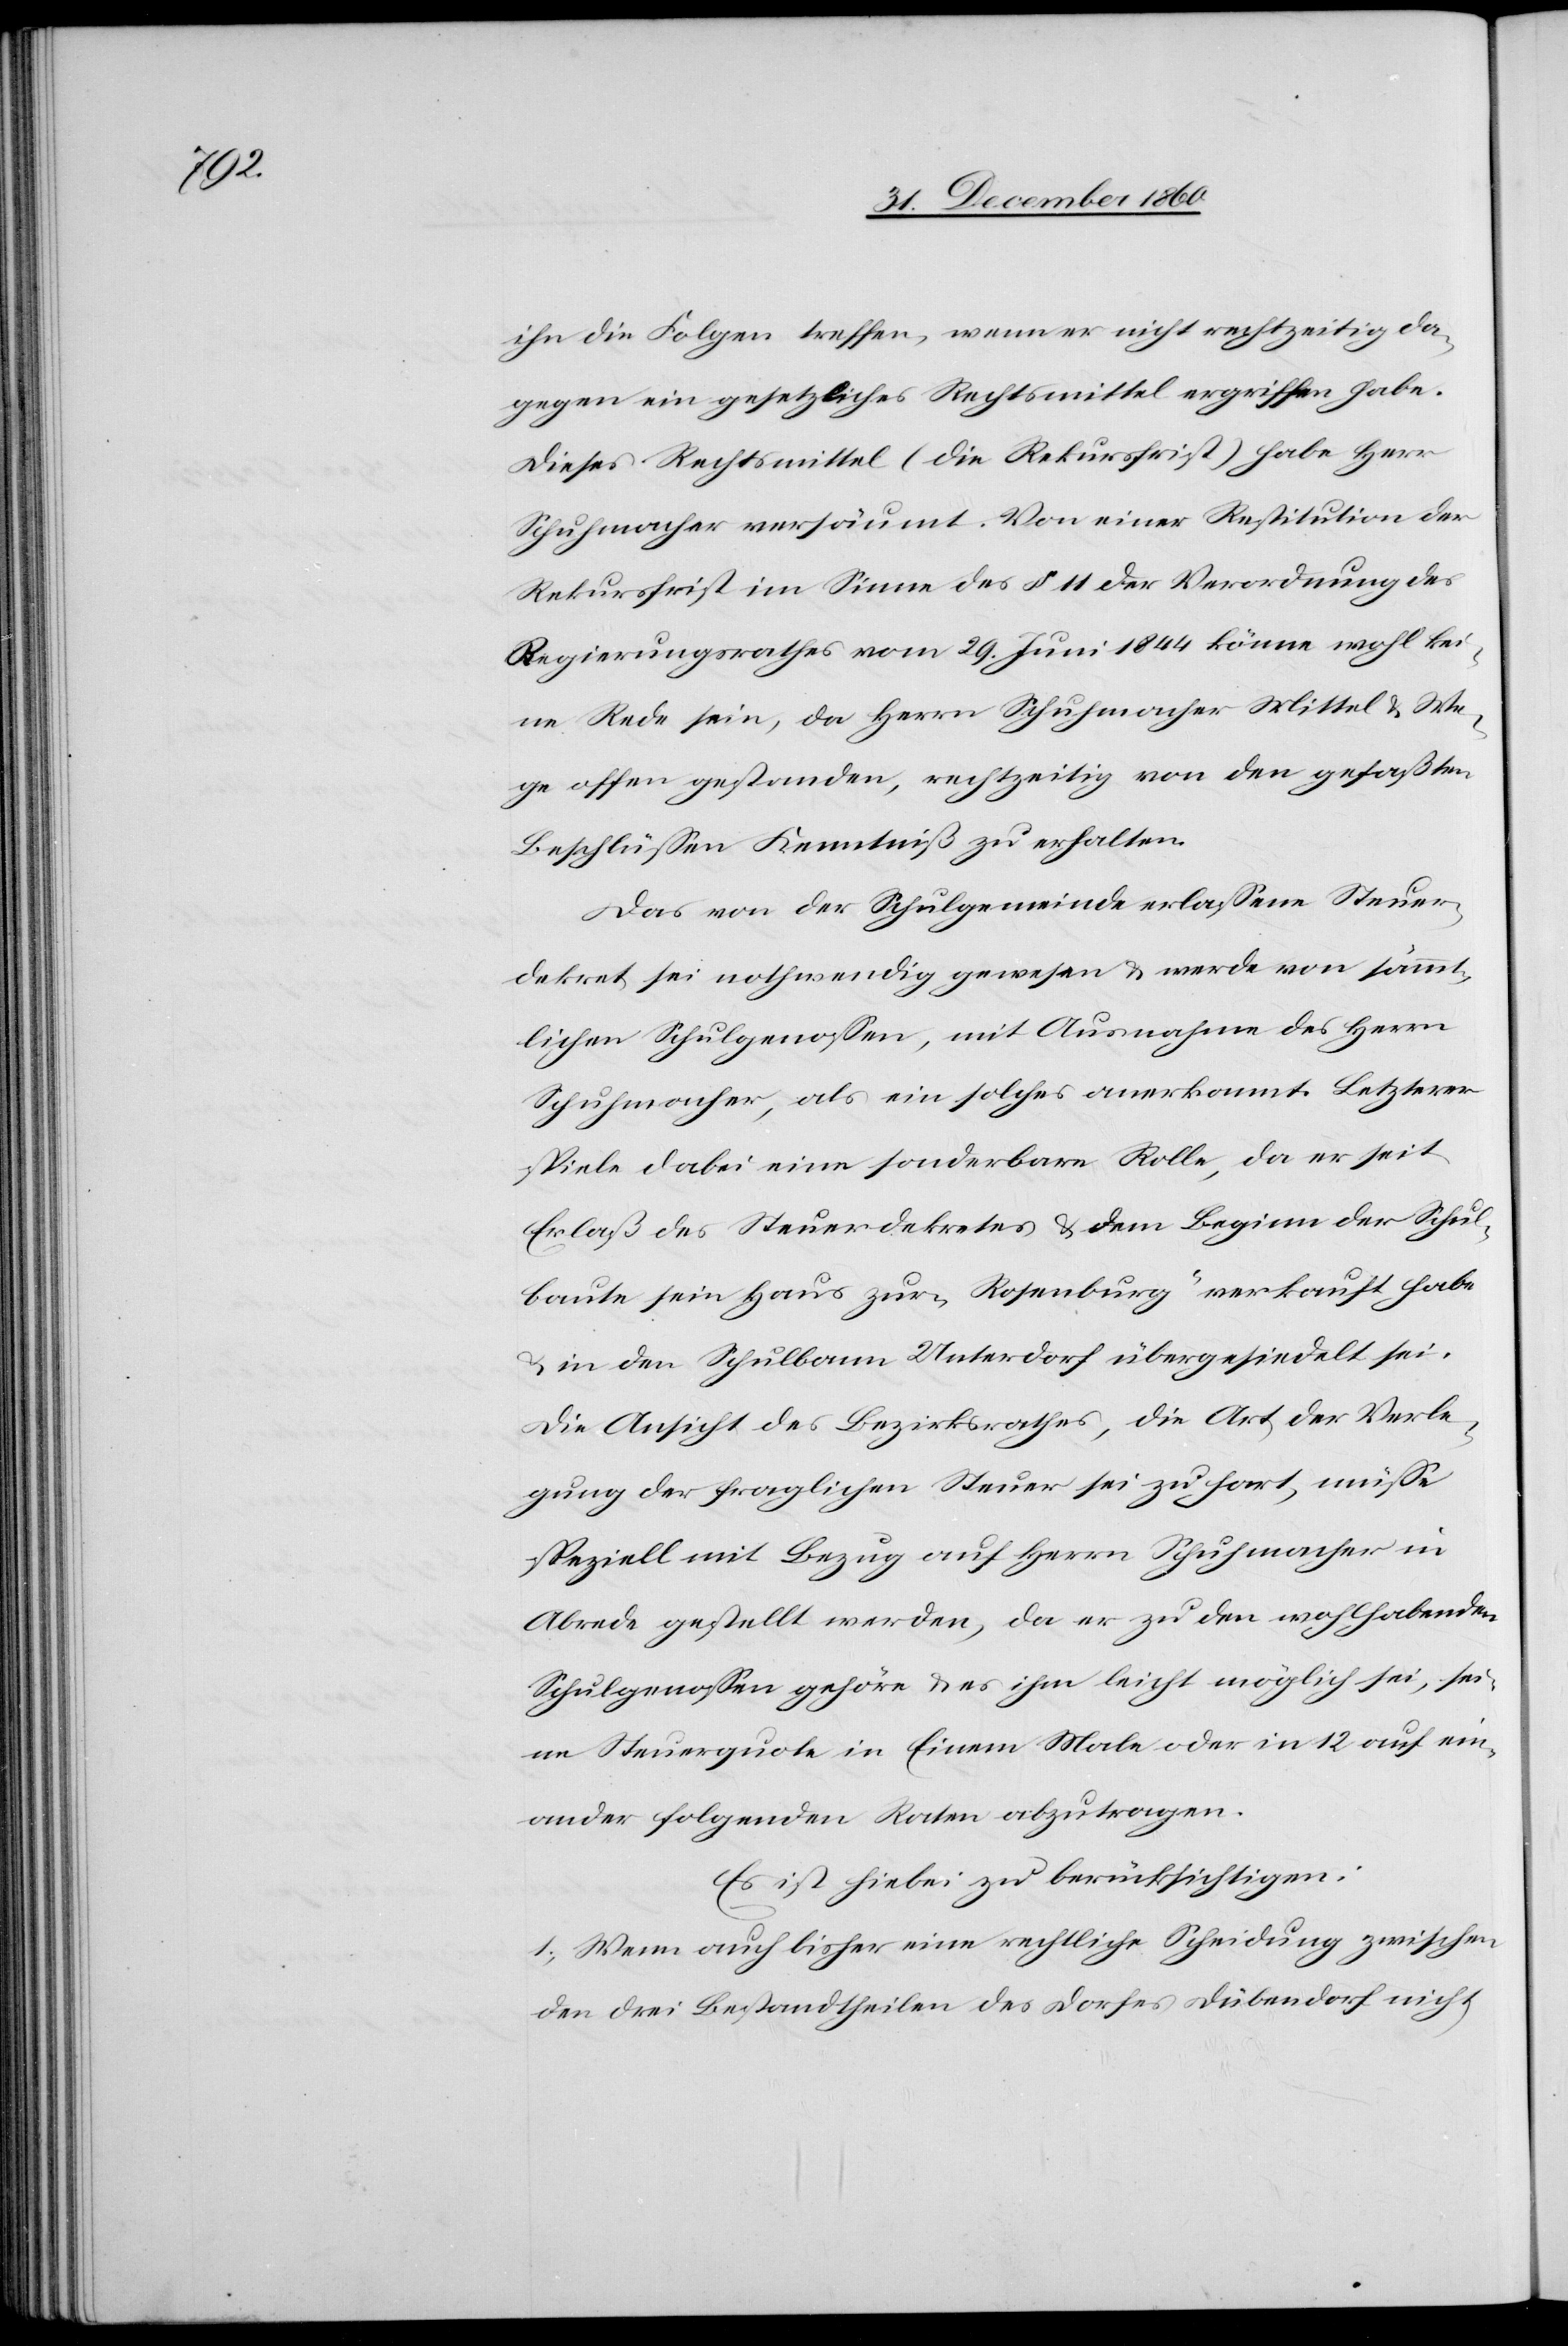
ihn die Folgen treffen, wenn er nicht rechtzeitig da¬
gegen ein gesetzliches Rechtsmittel ergriffen habe.
Dieses Rechtsmittel (die Rekursfrist) habe Herr
Schuhmacher versäumt. Von einer Restitution der
Rekursfrist im Sinne des § 11 der Verordnung des
Regierungsrathes vom 29. Juni 1844 könne wohl kei¬
ne Rede sein, da Herrn Schuhmacher Mittel u. We¬
ge offen gestanden, rechtzeitig von den gefaßten
Beschlüssen Kenntniß zu erhalten.
Das von der Schulgemeinde erlassene Steuer¬
dekret sei nothwendig gewesen u. werde von sämmt¬
lichen Schulgenossen, mit Ausnahme des Herrn
Schuhmacher, als ein solches anerkannt. Letzterer
spiele dabei eine sonderbare Rolle, da er seit
Erlaß des Steuerdekretes u. den Beginn der Schul¬
baute sein Haus zur „Rosenburg“ verkauft habe
u. in den Schulbann Unterdorf übergesiedelt sei.
Die Ansicht des Bezirksrathes, die Art der Verle¬
gung der fraglichen Steuer sei zu hart, müsse
speziell mit Bezug auf Herrn Schuhmacher in
Abrede gestellt werden, da er zu den wohlhabenden
Schulgenossen gehöre u. es ihm leicht möglich sei, sei¬
ne Steuerquote in Einem Male oder in 12 auf ein¬
ander folgenden Raten abzutragen.
Es ist hiebei zu berücksichtigen:
1. Wenn auch bisher eine rechtliche Scheidung zwischen
den drei Bestandtheilen des Dorfes Dübendorf nicht